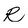
Character: R